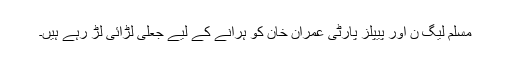
مسلم لیگ ن اور پیپلز پارٹی عمران خان کو ہرانے کے لیے جعلی لڑائی لڑ رہے ہیں۔